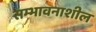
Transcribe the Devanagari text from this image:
सम्भावनाशील